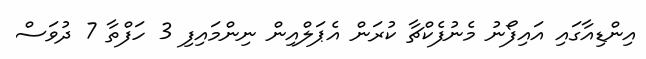
އިންޑިއާގައި އައިފޯނު މެނުފެކްޗާ ކުރަން އެޕަލްއިން ނިންމައިފި 3 ހަފްތާ 7 ދުވަސް